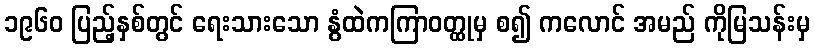
၁၉၆၀ ပြည့်နှစ်တွင် ရေးသားသော နွံထဲကကြာဝတ္ထုမှ စ၍ ကလောင် အမည် ကိုမြသန်းမှ